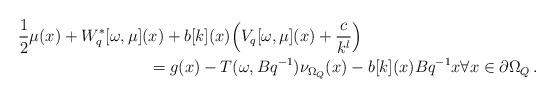
LaTeX: \begin{align*}&\frac{1}{2}\mu(x) +W_{q}^\ast[\omega,\mu](x)+b[k](x)\Big(V_{q}[\omega, \mu](x)+\frac{c}{k^{l}}\Big)\\ &\qquad\qquad\qquad\qquad=g(x)-T(\omega,Bq^{-1})\nu_{\Omega_Q}(x)- { b[k](x)}Bq^{-1}x\forall x \in \partial \Omega_Q\, .\end{align*}